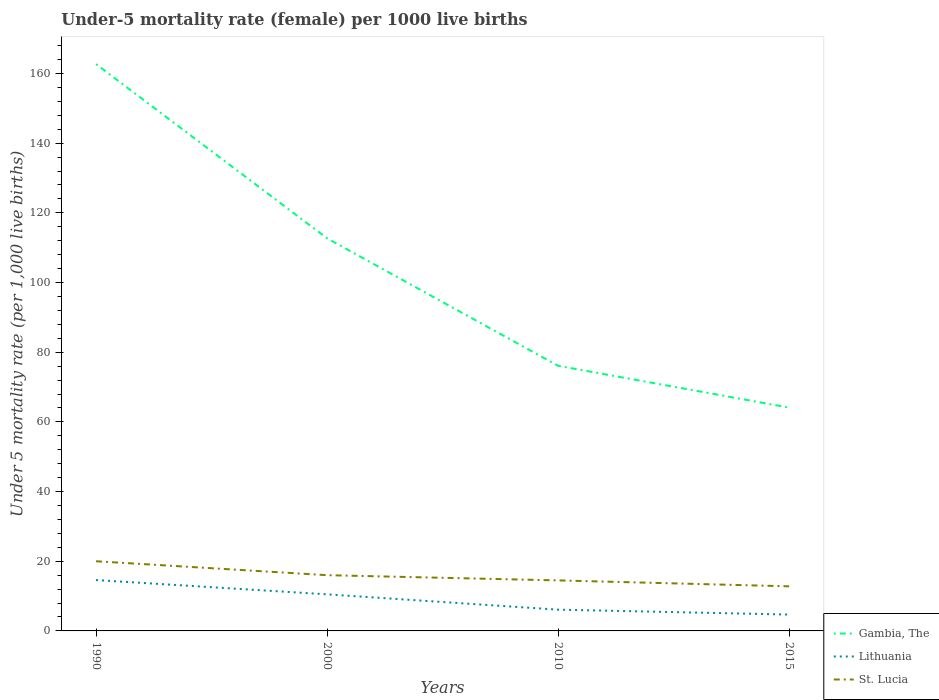
| Years | Gambia, The | Lithuania | St. Lucia |
 | --- | --- | --- | --- |
 | 1990 | 163 | 14.6 | 20 |
 | 2000 | 113 | 10.5 | 16 |
 | 2010 | 76.1 | 6.1 | 14.5 |
 | 2015 | 64.1 | 4.7 | 12.8 |